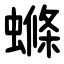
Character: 螩